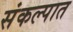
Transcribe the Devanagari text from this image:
संकल्पात